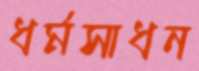
ধর্মসাধন